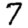
Digit: 7